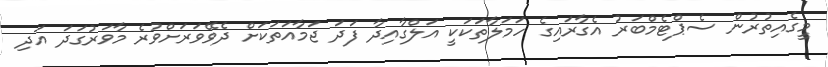
މީގެއިތުރުން ސެޕްޓެމްބަރު އެގާރައިގެ ހަމަލާތަކަކީ އަލްގާއިދާ ފަދަ ޖަމާއަތަކަށް ދެވޭވަރަށްވުރެ މާވަރުގަދަ އަދި